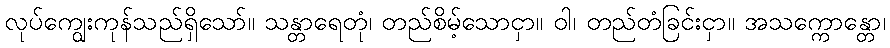
လုပ်ကျွေးကုန်သည်ရှိသော်။ သန္တာရေတုံ၊ တည်စိမ့်သောငှာ။ ဝါ၊ တည်တံခြင်းငှာ။ အသက္ကောန္တော၊